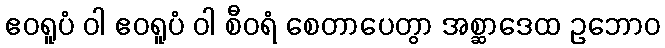
ဧဝရူပံ ဝါ ဧဝရူပံ ဝါ စီဝရံ စေတာပေတွာ အစ္ဆာဒေထ ဥဘောဝ